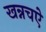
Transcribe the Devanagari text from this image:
खन्नचऐ